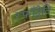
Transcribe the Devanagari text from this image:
स्फॉँद्रेति